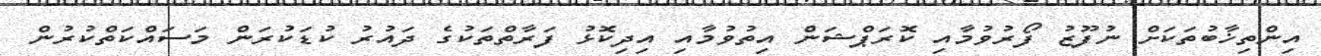
އިންތިޚާބުތަކަށް ނުފޫޒު ފޯރުވުމާއި ކޮރަޕްޝަން އިތުވުމާއި އިދިކޮޅު ފަރާތްތަކުގެ ދައުރު ކުޑަކުރަން މަސައްކަތްކުރުން